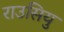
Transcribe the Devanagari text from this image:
राउसियु